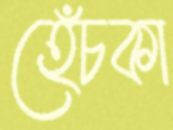
হেঁচকা